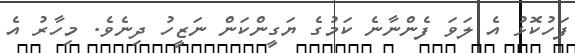
ފަހުކޮޅު އެ ލަވަ ފެންނާނެ ކަމުގެ ޔަގީންކަން ނަޒީހު ދިނެވެ. މިހާރު އެ